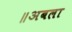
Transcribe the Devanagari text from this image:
॥अबला